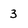
Character: 3